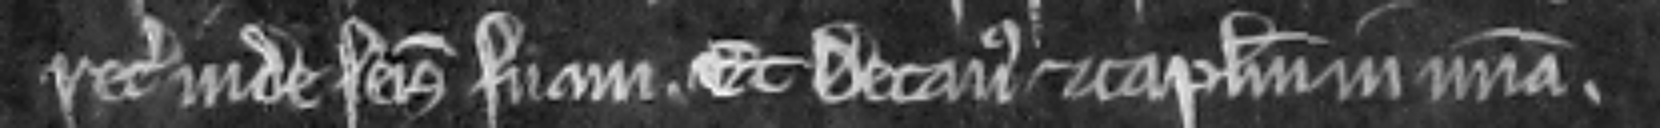
recuperent inde seisinam suam. Et Decanus et capitulum in misericordia.